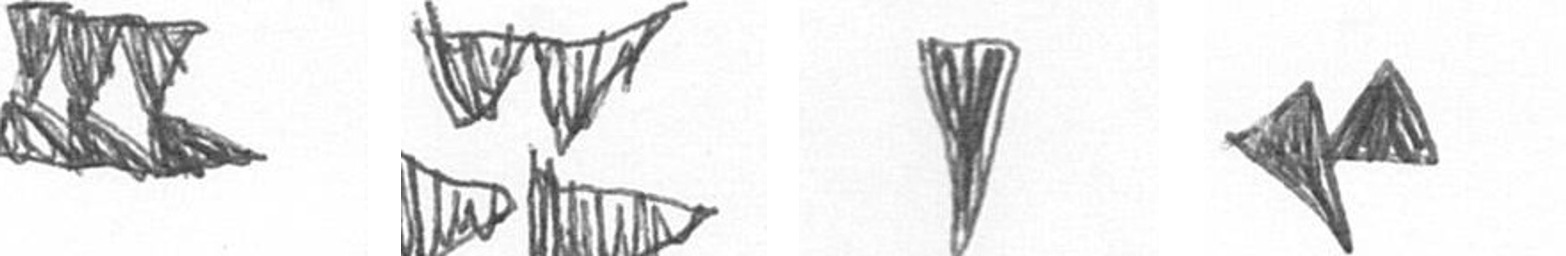
D B J F